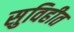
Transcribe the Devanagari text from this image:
सुविहीत